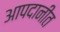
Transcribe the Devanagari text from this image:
आपदानीत